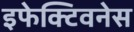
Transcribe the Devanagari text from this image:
इफेक्टिवनेस